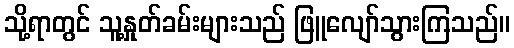
သို့ရာတွင် သူ့နှုတ်ခမ်းများသည် ဖြူလျော်သွားကြသည်။